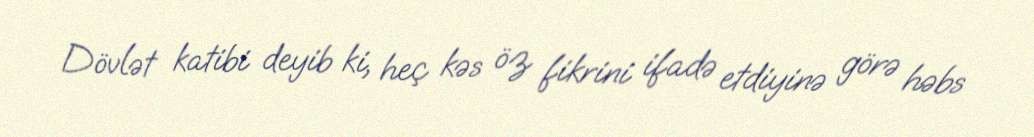
Dövlət katibi deyib ki, heç kəs öz fikrini ifadə etdiyinə görə həbs